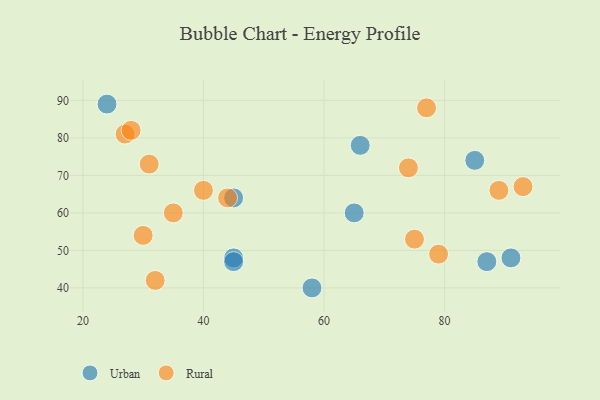
{"axis": {"x": "GDP", "y": "Life Expectancy"}, "legend": ["Rural", "Urban"], "data": [{"x": "65", "y": 60, "type": "Urban"}, {"x": "66", "y": 78, "type": "Urban"}, {"x": "45", "y": 48, "type": "Urban"}, {"x": "58", "y": 40, "type": "Urban"}, {"x": "45", "y": 47, "type": "Urban"}, {"x": "24", "y": 89, "type": "Urban"}, {"x": "87", "y": 47, "type": "Urban"}, {"x": "85", "y": 74, "type": "Urban"}, {"x": "45", "y": 64, "type": "Urban"}, {"x": "91", "y": 48, "type": "Urban"}, {"x": "32", "y": 42, "type": "Rural"}, {"x": "89", "y": 66, "type": "Rural"}, {"x": "93", "y": 67, "type": "Rural"}, {"x": "35", "y": 60, "type": "Rural"}, {"x": "40", "y": 66, "type": "Rural"}, {"x": "74", "y": 72, "type": "Rural"}, {"x": "77", "y": 88, "type": "Rural"}, {"x": "30", "y": 54, "type": "Rural"}, {"x": "31", "y": 73, "type": "Rural"}, {"x": "79", "y": 49, "type": "Rural"}, {"x": "44", "y": 64, "type": "Rural"}, {"x": "75", "y": 53, "type": "Rural"}, {"x": "27", "y": 81, "type": "Rural"}, {"x": "28", "y": 82, "type": "Rural"}]}